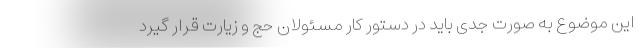
این موضوع به صورت جدی باید در دستور کار مسئولان حج و زیارت قرار گیرد